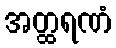
အတ္ထရဏံ